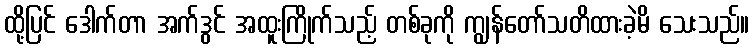
ထို့ပြင် ဒေါက်တာ အက်ဒွင် အထူးကြိုက်သည့် တစ်ခုကို ကျွန်တော်သတိထားခဲ့မိ သေးသည်။